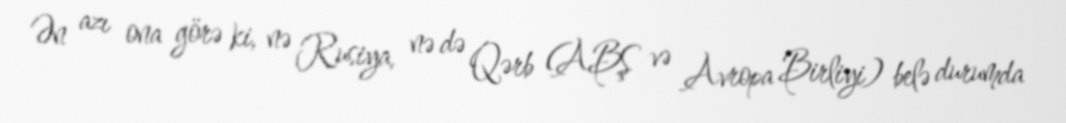
Ən azı ona görə ki, nə Rusiya, nə də Qərb (ABŞ və Avropa Birliyi) belə durumda